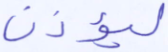
ليؤذن